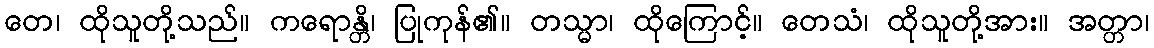
တေ၊ ထိုသူတို့သည်။ ကရောန္တိ၊ ပြုကုန်၏။ တသ္မာ၊ ထိုကြောင့်။ တေသံ၊ ထိုသူတို့အား။ အတ္တာ၊